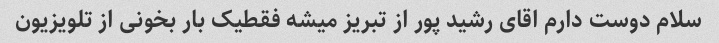
سلام دوست دارم اقای رشید پور از تبریز میشه فقطیک بار بخونی از تلویزیون